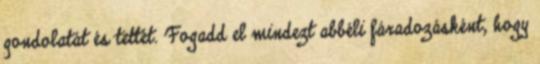
gondolatát és tettét. Fogadd el mindezt abbéli fáradozásként, hogy